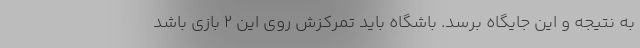
به نتیجه و این جایگاه برسد. باشگاه باید تمرکزش روی این ۲ بازی باشد